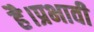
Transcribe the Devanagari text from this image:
है।प्रभावी